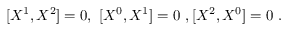
[ X ^ { 1 } , X ^ { 2 } ] = 0 , \ [ X ^ { 0 } , X ^ { 1 } ] = 0 \ , [ X ^ { 2 } , X ^ { 0 } ] = 0 \ .